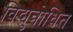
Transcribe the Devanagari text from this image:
विद्युत्रोधित